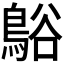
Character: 𪁴